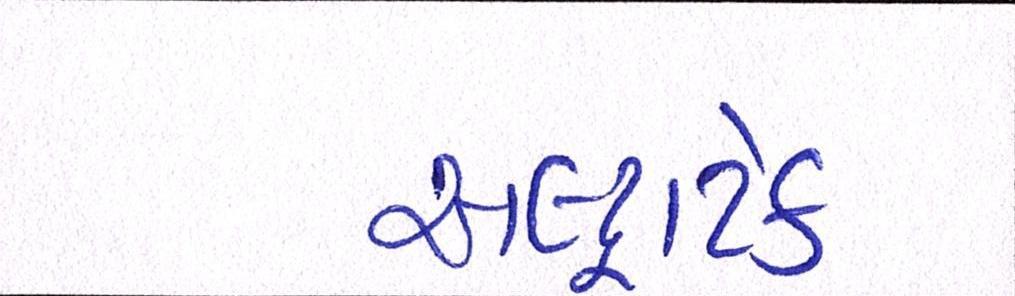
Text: અલ્ટ્રાટેક